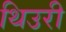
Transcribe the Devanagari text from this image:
थिउरी